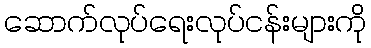
ဆောက်လုပ်ရေးလုပ်ငန်းများကို